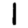
Digit: 1